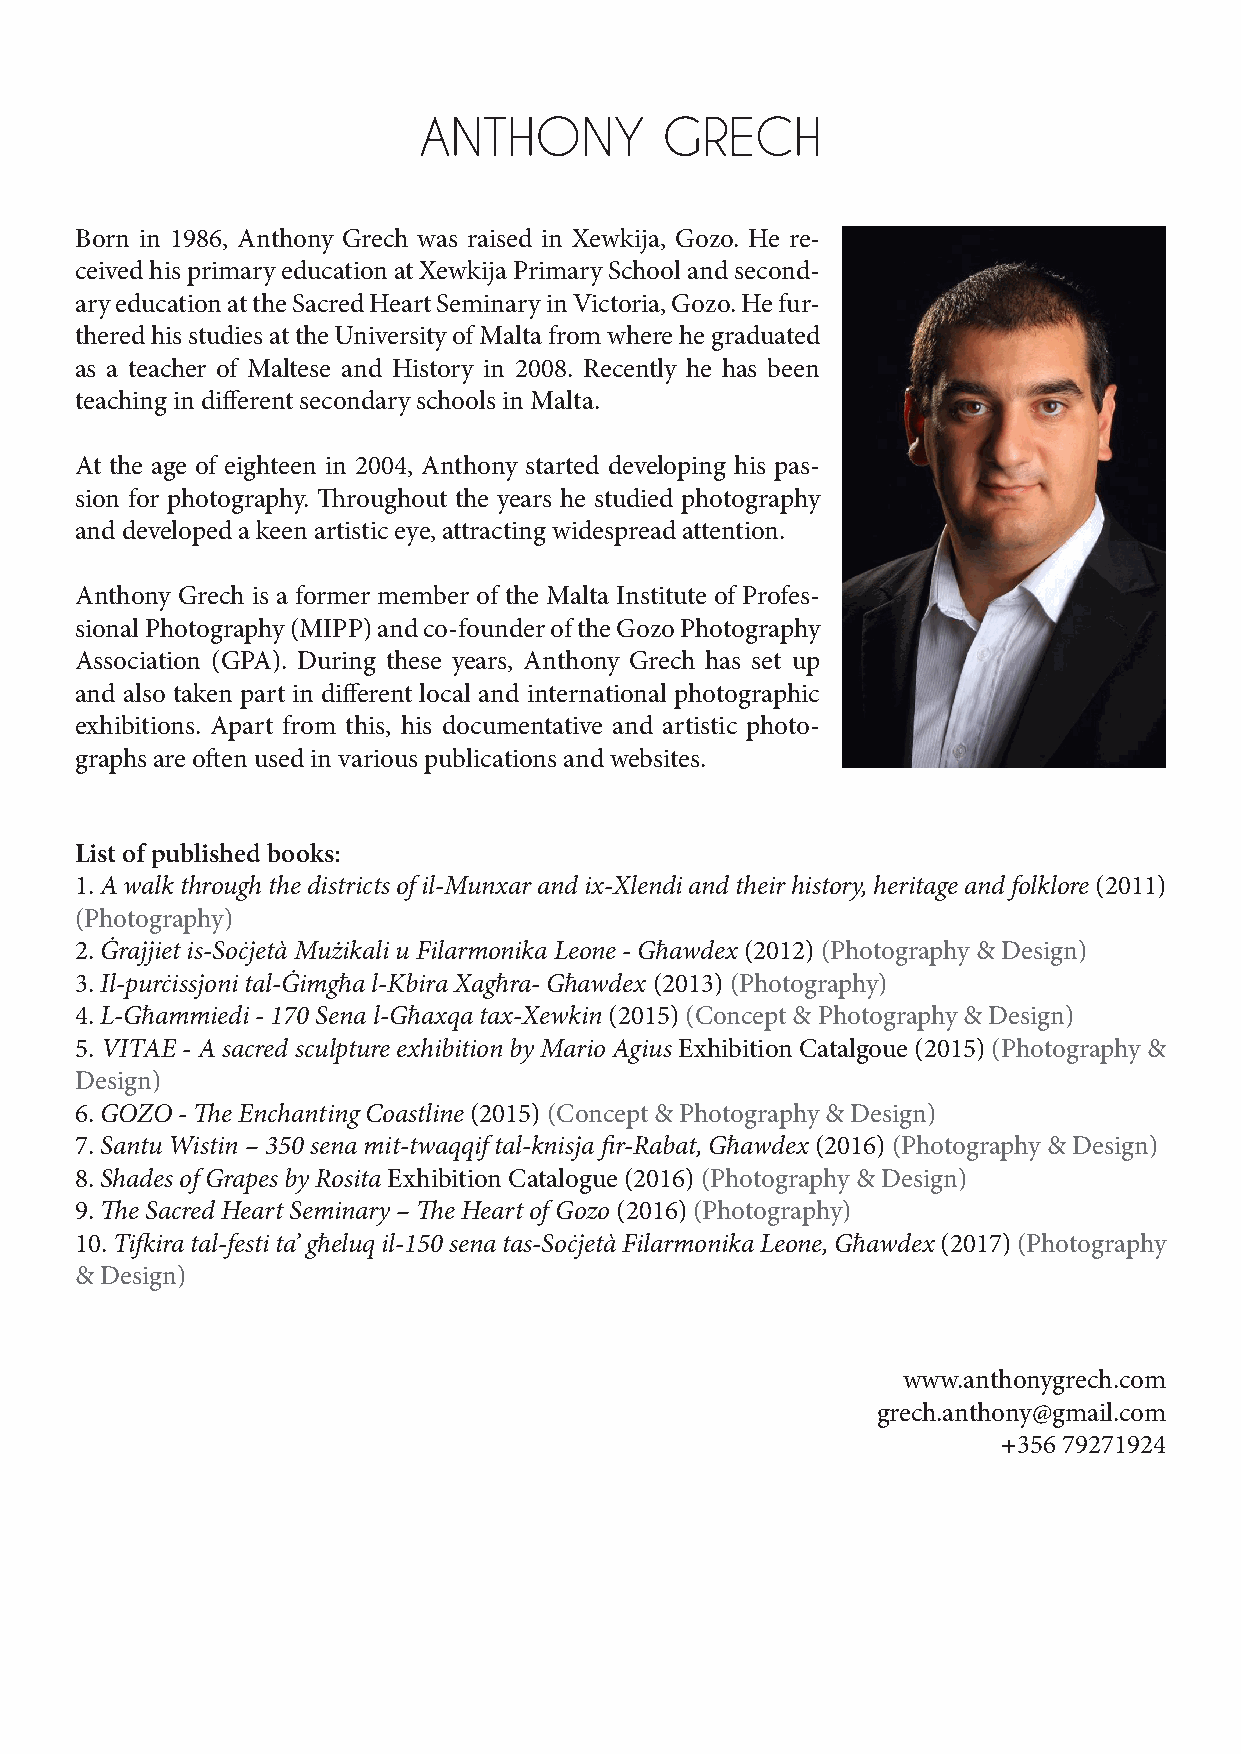
ANTHONY         GRECH
 Born in 1986, Anthony Grech was raised in Xewkija, Gozo. He re-
 ceived his primary education at Xewkija Primary School and second-
 ary education at the Sacred Heart Seminary in Victoria, Gozo. He fur-
 thered his studies at the University of Malta from where he graduated
 as a teacher of Maltese and History in 2008. Recently he has been
 teaching in different secondary schools in Malta.
 At the age of eighteen in 2004, Anthony started developing his pas-
 sion for photography. Throughout the years he studied photography
 and developed a keen artistic eye, attracting widespread attention.
 Anthony Grech is a former member of the Malta Institute of Profes-
 sional Photography (MIPP) and co-founder of the Gozo Photography
 Association (GPA). During these years, Anthony Grech has set up
 and also taken part in different local and international photographic
 exhibitions. Apart from this, his documentative and artistic photo-
 graphs are often used in various publications and websites.
 List of published books:
 1. A walk through the districts of il-Munxar and ix-Xlendi and their history, heritage and folklore (2011)
 (Photography)
 2. Ġrajjiet is-Soċjetà Mużikali u Filarmonika Leone - Għawdex (2012) (Photography & Design)
 3. Il-purċissjoni tal-Ġimgħa l-Kbira Xagħra- Għawdex (2013) (Photography)
 4. L-Għammiedi - 170 Sena l-Għaxqa tax-Xewkin (2015) (Concept & Photography & Design)
 5. VITAE - A sacred sculpture exhibition by Mario Agius Exhibition Catalgoue (2015) (Photography &
 Design)
 6. GOZO - The Enchanting Coastline (2015) (Concept & Photography & Design)
 7. Santu Wistin – 350 sena mit-twaqqif tal-knisja fir-Rabat, Għawdex (2016) (Photography & Design)
 8. Shades of Grapes by Rosita Exhibition Catalogue (2016) (Photography & Design)
 9. The Sacred Heart Seminary – The Heart of Gozo (2016) (Photography)
 10. Tifkira tal-festi ta’ għeluq il-150 sena tas-Soċjetà Filarmonika Leone, Għawdex (2017) (Photography
 & Design)
 www.anthonygrech.com
 grech.anthony@gmail.com
 +356 79271924